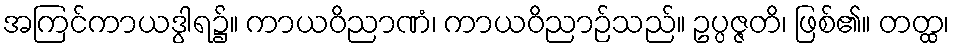
အကြင်ကာယဒွါရ၌။ ကာယဝိညာဏံ၊ ကာယဝိညာဉ်သည်။ ဥပ္ပဇ္ဇတိ၊ ဖြစ်၏။ တတ္ထ၊